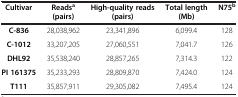
<table><thead><tr><td><b>Cultivar</b></td><td><b>Reads<sup>a</sup>(pairs)</b></td><td><b>High-quality reads (pairs)</b></td><td><b>Total length (Mb)</b></td><td><b>N75<sup>b</sup></b></td></tr></thead><tbody><tr><td><b>C-836</b></td><td>28,038,962</td><td>23,341,896</td><td>6,099.4</td><td>128</td></tr><tr><td><b>C-1012</b></td><td>33,207,205</td><td>27,060,551</td><td>7,041.7</td><td>126</td></tr><tr><td><b>DHL92</b></td><td>35,538,240</td><td>28,857,265</td><td>7,314.3</td><td>122</td></tr><tr><td><b>PI 161375</b></td><td>35,233,293</td><td>28,809,870</td><td>7,424.0</td><td>124</td></tr><tr><td><b>T111</b></td><td>35,857,911</td><td>29,305,082</td><td>7,495.4</td><td>124</td></tr></tbody></table>